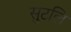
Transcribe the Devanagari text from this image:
सुटलि